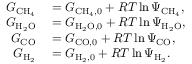
\begin{array} { r l } { G _ { \mathrm { C H _ { 4 } } } } & { { } = G _ { \mathrm { C H _ { 4 } , 0 } } + { \cal R } T \ln { \Psi _ { \mathrm { C H _ { 4 } } } } , } \\ { G _ { \mathrm { H _ { 2 } O } } } & { { } = G _ { \mathrm { H _ { 2 } O , 0 } } + { \cal R } T \ln { \Psi _ { \mathrm { H _ { 2 } O } } } , } \\ { G _ { \mathrm { C O } } } & { { } = G _ { \mathrm { C O , 0 } } + { \cal R } T \ln { \Psi _ { \mathrm { C O } } } , } \\ { G _ { \mathrm { H _ { 2 } } } } & { { } = G _ { \mathrm { H _ { 2 } , 0 } } + { \cal R } T \ln { \Psi _ { \mathrm { H _ { 2 } } } } . } \end{array}